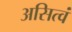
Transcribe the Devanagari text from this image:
असित्वं